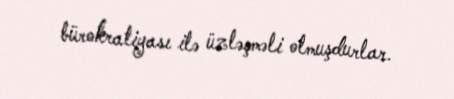
bürokratiyası ilə üzləşməli olmuşdurlar.